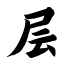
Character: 层